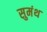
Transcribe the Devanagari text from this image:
सुमंथ